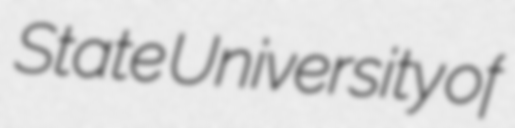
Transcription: State University of